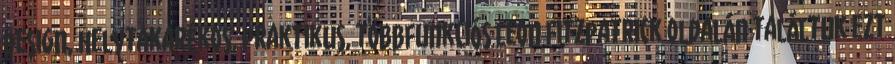
design, helytakarékos, praktikus, többfunkciós Leon Fitzpatrick oldalán találtuk ezt